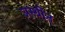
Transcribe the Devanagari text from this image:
अस्थींत